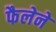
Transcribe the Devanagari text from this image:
फैलेने